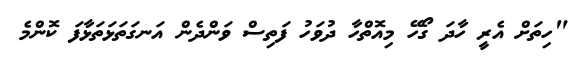
"ހިތަށް އެރީ ހާދަ ގޯހޭ މިއޮތްހާ ދުވަހު ފަތިސް ވަންދެން އަނގަތަޅަތަޅާފަ ކޮންމެ